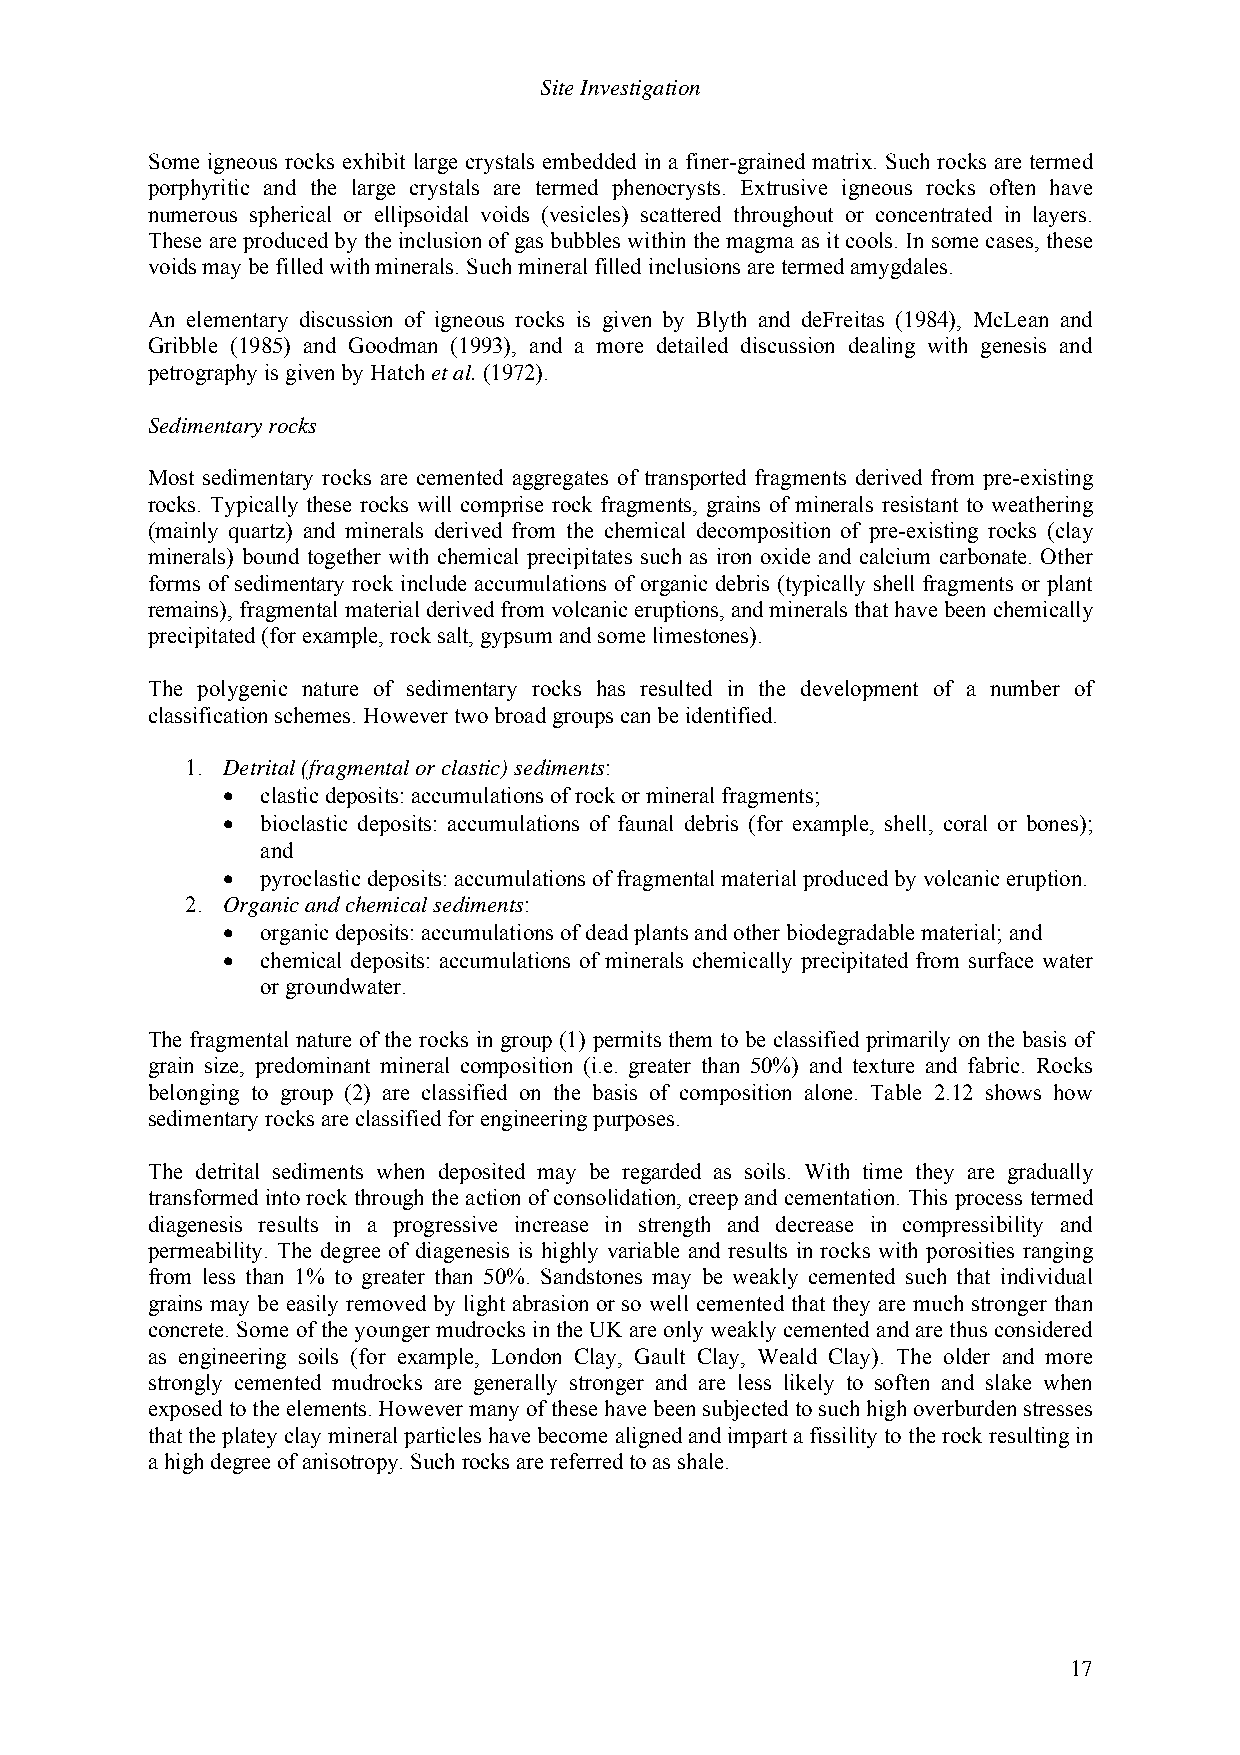
Site Investigation
 Some igneous rocks exhibit large crystals embedded in a finer-grained matrix. Such rocks are termed
 porphyritic and the large crystals are termed phenocrysts. Extrusive igneous rocks often have
 numerous spherical or ellipsoidal voids (vesicles) scattered throughout or concentrated in layers.
 These are produced by the inclusion of gas bubbles within the magma as it cools. In some cases, these
 voids may be filled with minerals. Such mineral filled inclusions are termed amygdales.
 An elementary discussion of igneous rocks is given by Blyth and deFreitas (1984), McLean and
 Gribble (1985) and Goodman (1993), and a more detailed discussion dealing with genesis and
 petrography is given by Hatch et al. (1972).
 Sedimentary rocks
 Most sedimentary rocks are cemented aggregates of transported fragments derived from pre-existing
 rocks. Typically these rocks will comprise rock fragments, grains of minerals resistant to weathering
 (mainly quartz) and minerals derived from the chemical decomposition of pre-existing rocks (clay
 minerals) bound together with chemical precipitates such as iron oxide and calcium carbonate. Other
 forms of sedimentary rock include accumulations of organic debris (typically shell fragments or plant
 remains), fragmental material derived from volcanic eruptions, and minerals that have been chemically
 precipitated (for example, rock salt, gypsum and some limestones).
 The polygenic nature of sedimentary rocks has resulted in the development of a number of
 classification schemes. However two broad groups can be identified.
 1. Detrital (fragmental or clastic) sediments:
 • clastic deposits: accumulations of rock or mineral fragments;
 • bioclastic deposits: accumulations of faunal debris (for example, shell, coral or bones);
 and
 • pyroclastic deposits: accumulations of fragmental material produced by volcanic eruption.
 2. Organic and chemical sediments:
 • organic deposits: accumulations of dead plants and other biodegradable material; and
 • chemical deposits: accumulations of minerals chemically precipitated from surface water
 or groundwater.
 The fragmental nature of the rocks in group (1) permits them to be classified primarily on the basis of
 grain size, predominant mineral composition (i.e. greater than 50%) and texture and fabric. Rocks
 belonging to group (2) are classified on the basis of composition alone. Table 2.12 shows how
 sedimentary rocks are classified for engineering purposes.
 The detrital sediments when deposited may be regarded as soils. With time they are gradually
 transformed into rock through the action of consolidation, creep and cementation. This process termed
 diagenesis results in a progressive increase in strength and decrease in compressibility and
 permeability. The degree of diagenesis is highly variable and results in rocks with porosities ranging
 from less than 1% to greater than 50%. Sandstones may be weakly cemented such that individual
 grains may be easily removed by light abrasion or so well cemented that they are much stronger than
 concrete. Some of the younger mudrocks in the UK are only weakly cemented and are thus considered
 as engineering soils (for example, London Clay, Gault Clay, Weald Clay). The older and more
 strongly cemented mudrocks are generally stronger and are less likely to soften and slake when
 exposed to the elements. However many of these have been subjected to such high overburden stresses
 that the platey clay mineral particles have become aligned and impart a fissility to the rock resulting in
 a high degree of anisotropy. Such rocks are referred to as shale.
 17